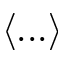
\left< . . . \right>